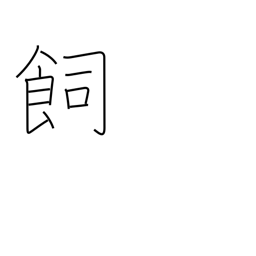
Meaning: feed